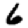
Digit: 6